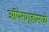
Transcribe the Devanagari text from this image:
ऑपेरागृहांमध्ये